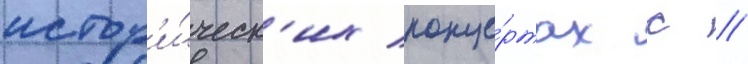
истор'и́ческ'их конце́ртах с //